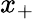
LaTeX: x_{+}